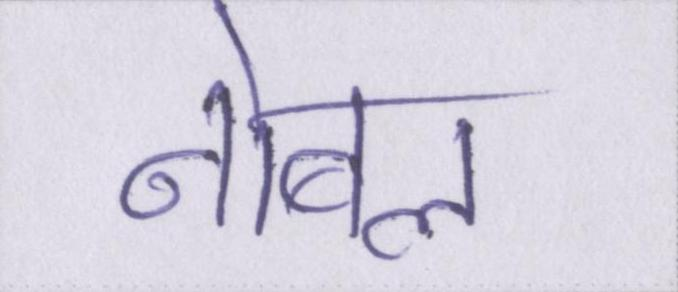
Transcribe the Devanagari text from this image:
नोबल